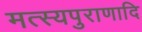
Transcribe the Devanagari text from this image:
मत्स्यपुराणादि